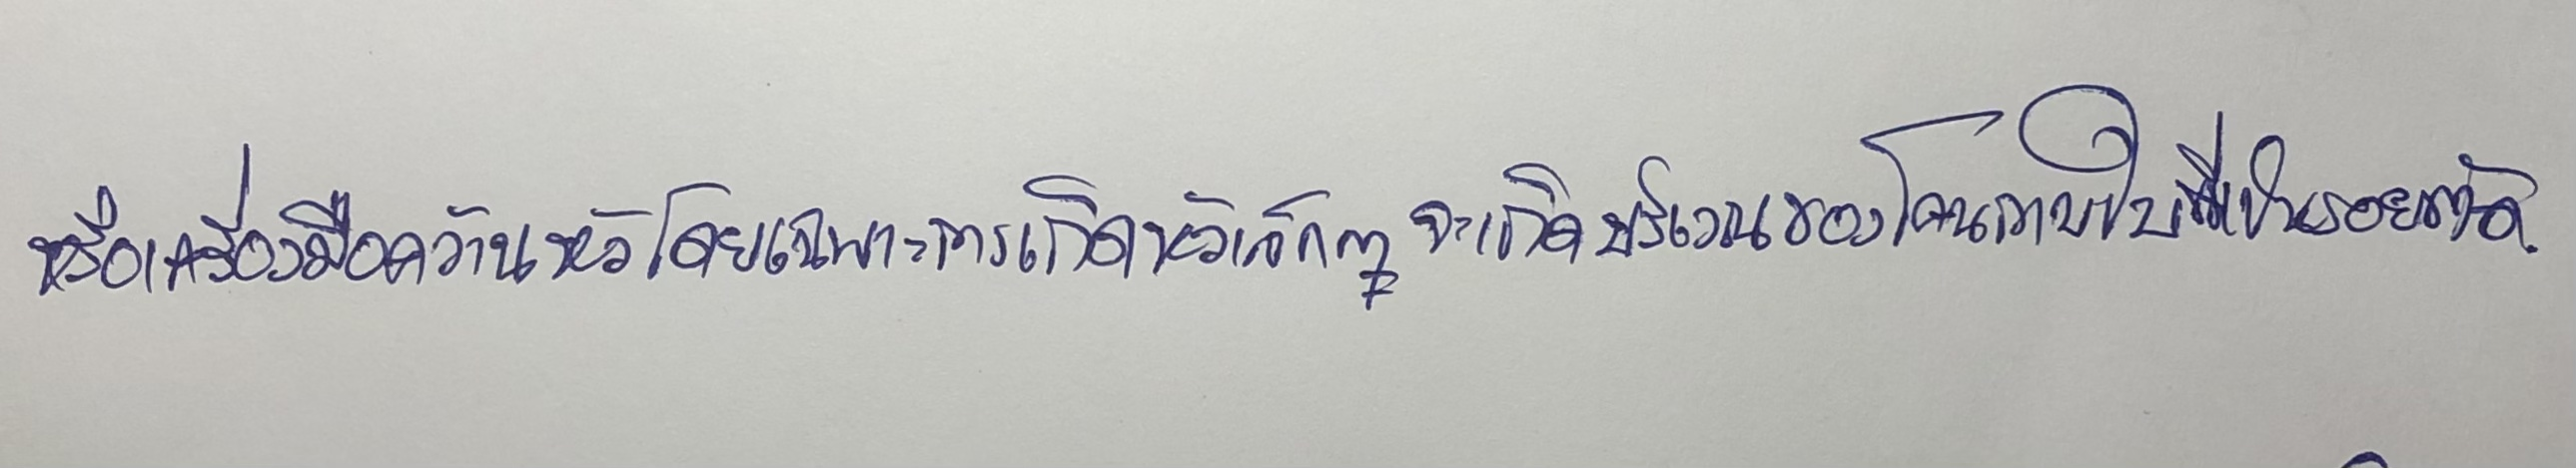
หรือเครื่องมือคว้านหัวโดยเฉพาะการเกิดหัวเล็กๆจะเกิดบริเวณของโคนกาบใบที่เป็นรอยตัด